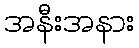
အနီးအနား